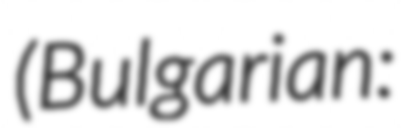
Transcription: (Bulgarian: